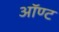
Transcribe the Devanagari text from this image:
ऑण्ट